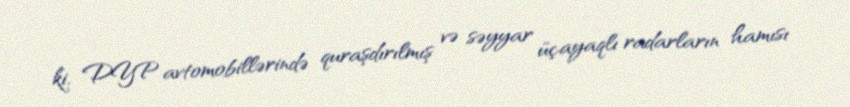
ki, DYP avtomobillərində quraşdırılmış və səyyar üçayaqlı radarların hamısı